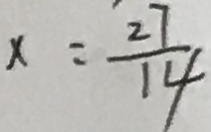
x = \frac { 2 7 } { 1 4 }